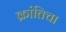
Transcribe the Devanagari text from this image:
क्रांतिचा